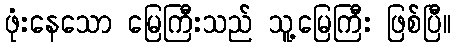
ဖုံးနေသော မြေကြီးသည် သူ့မြေကြီး ဖြစ်ပြီ။